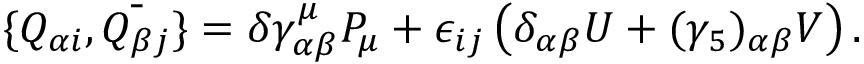
\{ Q _ { \alpha i } , \bar { Q _ { \beta j } } \} = \delta \gamma _ { \alpha \beta } ^ { \mu } P _ { \mu } + \epsilon _ { i j } \left( \delta _ { \alpha \beta } U + ( \gamma _ { 5 } ) _ { \alpha \beta } V \right) .